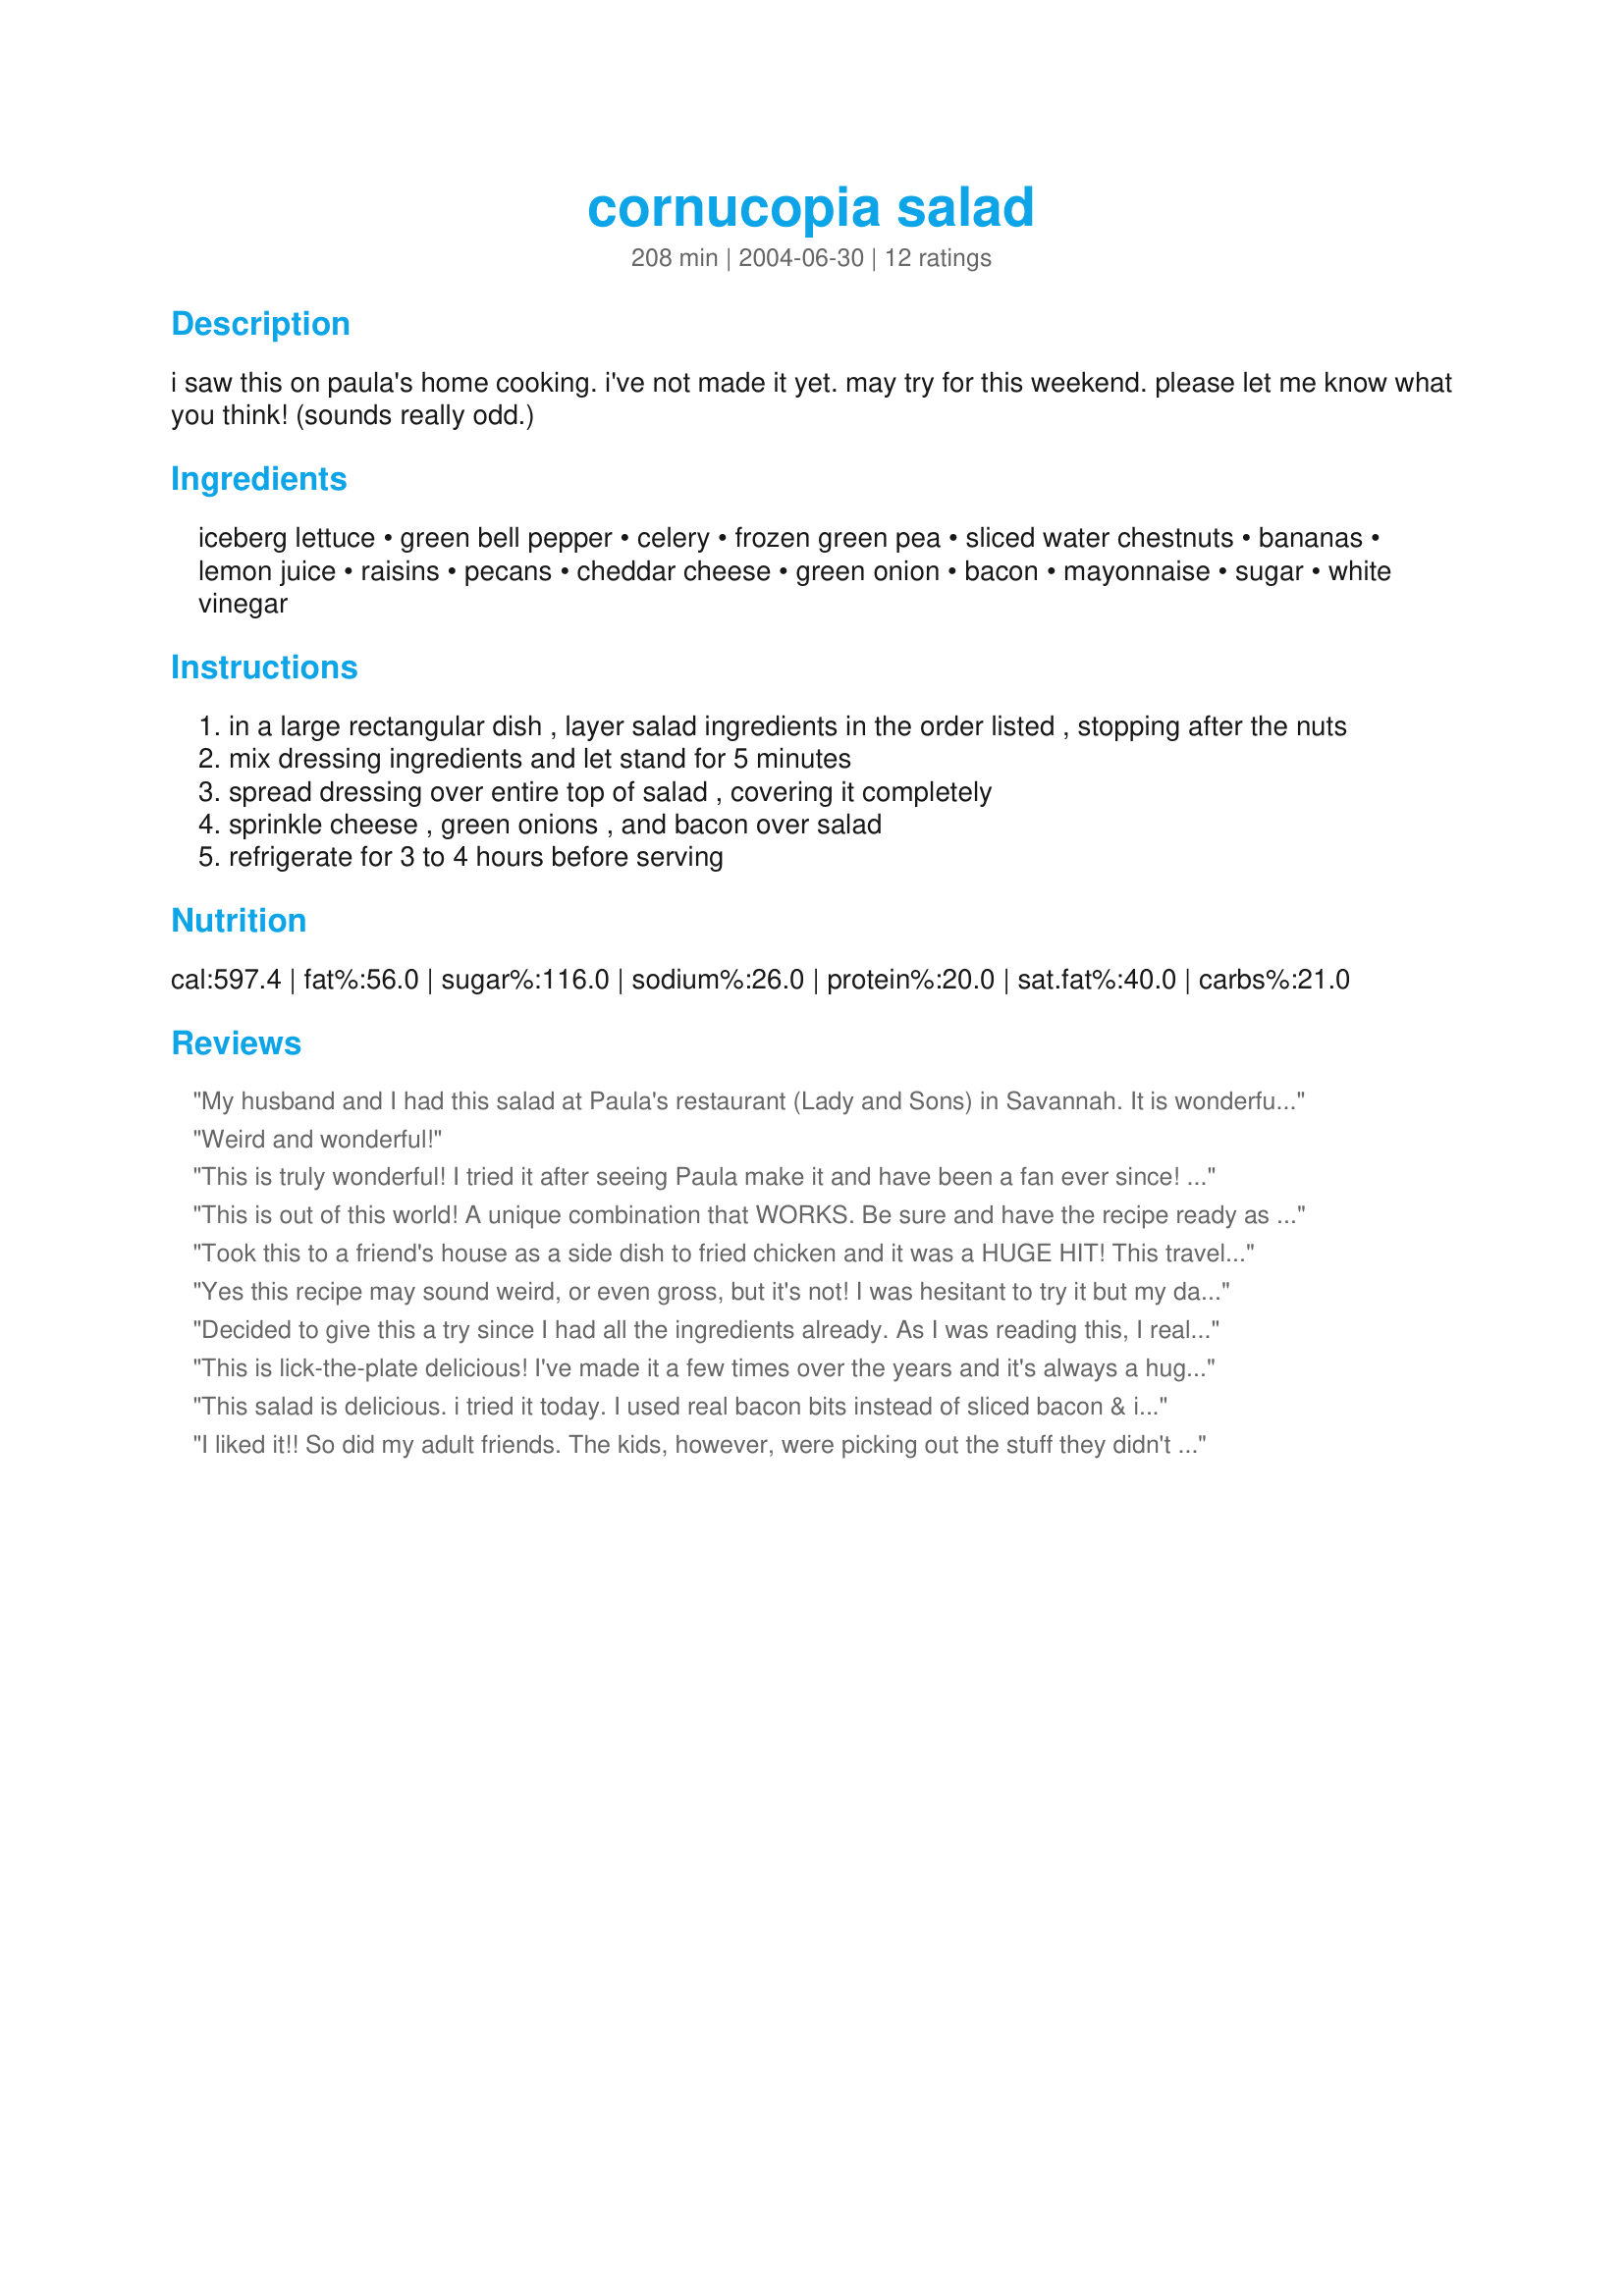
cornucopia salad
Preparation time: 208 minutes

i saw this on paula's home cooking. i've not made it yet. may try for this weekend. please let me know what you think! (sounds really odd.)

Ingredients:
iceberg lettuce, green bell pepper, celery, frozen green pea, sliced water chestnuts, bananas, lemon juice, raisins, pecans, cheddar cheese, green onion, bacon, mayonnaise, sugar, white vinegar

Steps:
in a large rectangular dish , layer salad ingredients in the order listed , stopping after the nuts
mix dressing ingredients and let stand for 5 minutes
spread dressing over entire top of salad , covering it completely
sprinkle cheese , green onions , and bacon over salad
refrigerate for 3 to 4 hours before serving

Reviews:
My husband and I had this salad at Paula's restaurant (Lady and Sons) in Savannah. It is wonderful and very filling. Not difficult to make--most work is in gathering the ingredients. Salad is hearty enough to make the meal with some good hot crusty bread!
Weird and wonderful!
This is truly wonderful! I tried it after seeing Paula make it and have been a fan ever since! Don't let all the odd ingredients scare you! This truly is an awesome salad....you'll be beggin' for more!
This is out of this world!
A unique combination that WORKS.
Be sure and have the recipe ready as everyone wants it.
I only use 5 ounces water chestnuts.
Took this to a friend's house as a side dish to fried chicken and it was a HUGE HIT! This traveled well and was loved by all. I will definitely make it again!
Yes this recipe may sound weird, or even gross, but it's not! 
I was hesitant to try it but my daughter insisted that she wanted it at her birthday party.
Everyone who tried this recipe with an open mind at the party loved it! It makes a ton as a side dish so don't double unless that is all you plan to serve.
Decided to give this a try since I had all the ingredients already. As I was reading this, I realize it included 2 cups mayo..that part was not for me so I came up with another dressing idea and it turned out just yummy. Thanks for a great idea.
BTW, I am posting this dressing as a separate recipe since it came out so well. Don't know what the # will be but I am calling it "Joltin' Juice Dressing".
This is lick-the-plate delicious! I've made it a few times over the years and it's always a huge hit!
This salad is delicious. i tried it today. I used real bacon bits instead of sliced bacon & i added 1/4 cup od O'Charley's honey mustard salad dressing to the dressing. Delicious!!
I liked it!! So did my adult friends. The kids, however, were picking out the stuff they didn't like. I don't like bell pepper, so I didn't use that. The recipe has 2 16-oz cans of water chestnuts, but the real recipe on the food network calls for 2 8-oz cans. I also toasted the nuts (pecans) and used golden raisins instead of regular ones. It kept really well over night and is still crisp on the third day! One key to the recipe, I think, is to use bananas that are not very ripe. I used yellow ones that still had a touch of green and no brown spots. I think riper ones would have been too overpowering.
I have had this many times and I think it is WONDERFUL! It's easy to make and keeps for a few days,I'm going to make it today and I think I might add some cooked chicken breast and maybe an apple and make a meal out of it
i have not made this, but it was served at 2 parties i went to this summer and it was disgusting- i thought the first time the people had made a mistake (banannas and peas???) but then at the next function i realized it was not a mistake- everyone that was sitting near me commented on how gross it was also- if you like the idea of all these ingredients together great, but i would not serve this to company!
